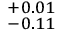
^ { + 0 . 0 1 } _ { - 0 . 1 1 }